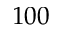
1 0 0